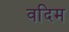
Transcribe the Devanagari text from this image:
वदिम